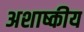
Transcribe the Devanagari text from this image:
अशाष्कीय